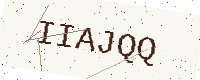
Text: IIAJQQ